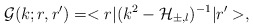
\begin{align*}\mathcal{G}(k;r,r') = <r|(k^2 - \mathcal{H}_{\pm,l})^{-1}|r'>,\end{align*}